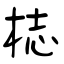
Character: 梽